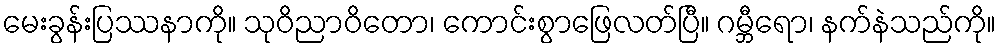
မေးခွန်းပြဿနာကို။ သုဝိညာဝိတော၊ ကောင်းစွာဖြေလတ်ပြီ။ ဂမ္ဘီရော၊ နက်နဲသည်ကို။